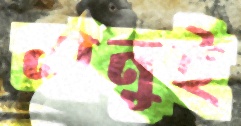
নানুই